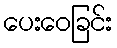
ပေးဝေခြင်း